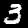
Label: 3